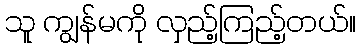
သူ ကျွန်မကို လှည့်ကြည့်တယ်။